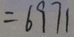
= 6 9 7 1